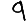
Digit: 9